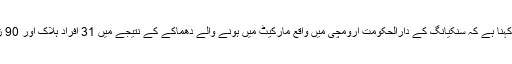
چینی حکام کا کہنا ہے کہ سنکیانگ کے دارالحکومت ارومچی میں واقع مارکیٹ میں ہونے والے دھماکے کے نتیجے میں 31 افراد ہلاک اور 90 زخمی ہو گئے۔